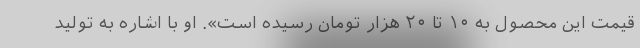
قیمت این محصول به ۱۰ تا ۲۰ هزار تومان رسیده است». او با اشاره به تولید